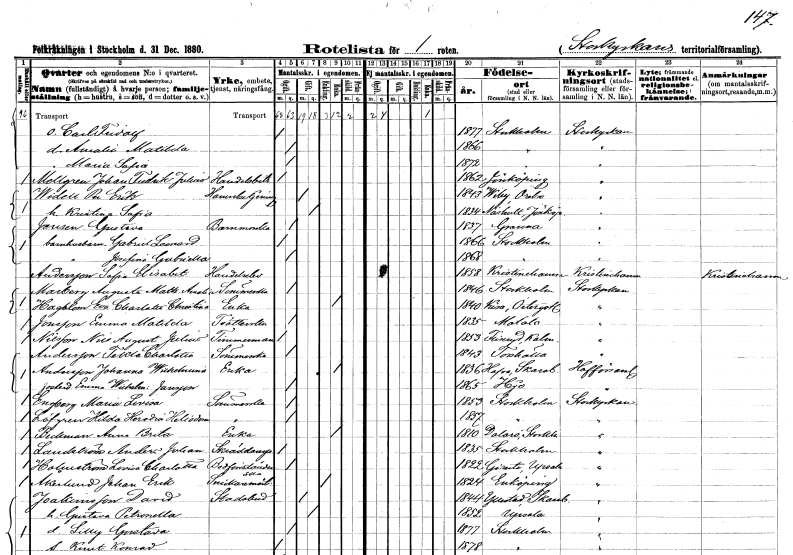
gt_parse: households: individuals: FN: Carl Fridolf
KON: M
CIV: O
FODAR: 1877
FODFORS: Stockholm
FN: Amalia Matilda
KON: K
CIV: O
FODAR: 1866
FODFORS: Stockholm
FN: Maria Sofia
KON: K
CIV: O
FODAR: 1872
FODFORS: Stockholm
FN: Johan Fredrik Julius
EN: Mellgren
YRKE: Handelsbiträde
KON: M
CIV: O
FODAR: 1862
FODFORS: Jönköping Jönköpings län
FN: Per Erik
EN: Widell
YRKE: Hamnbetjänt
KON: M
CIV: G
FODAR: 1843
FODFORS: Viby Örebro län
FN: Kristina Sofia
KON: K
CIV: G
FODAR: 1834
FODFORS: Näshult Jönköpings län
FN: Gustava
EN: Jensen
YRKE: Barnmorska
KON: K
CIV: O
FODAR: 1837
FODFORS: Gränna Jönköpings län
FN: Gabriel Leonard
YRKE: Barnhusbarn
KON: M
CIV: O
FODAR: 1866
FODFORS: Stockholm
FN: Josefina Gabriella
YRKE: Barnhusbarn
KON: K
CIV: O
FODAR: 1868
FODFORS: Stockholm
FN: Sofia Elisabet
EN: Andersson
YRKE: Handelselev
KON: K
CIV: O
FODAR: 1858
FODFORS: Kristinehamn Värmlands län
FN: Augusta Mathilda Amalia
EN: Marberg
YRKE: Sömmerska
KON: K
CIV: O
FODAR: 1846
FODFORS: Stockholm
FN: Charlotta Christina
EN: Hagblom
YRKE: Änka
KON: K
CIV: E
FODAR: 1840
FODFORS: Kisa Östergötlands län
FN: Emma Matilda
EN: Jonsson
YRKE: Tvätterska
KON: K
CIV: O
FODAR: 1835
FODFORS: Motala Östergötlands län
FN: Nils August Julius
EN: Nilsson
YRKE: Timmerman
KON: M
CIV: O
FODAR: 1853
FODFORS: Fliseryd Kalmar län
FN: Tilda Charlotta
EN: Andersson
YRKE: Sömmerska
KON: K
CIV: O
FODAR: 1843
FODFORS: Torshälla Södermanlands län
FN: Johanna Wilhelmina
EN: Andersson
YRKE: Änka
KON: K
CIV: E
FODAR: 1836
FODFORS: Hova Skaraborgs län
FN: Wilhelmina
EN: Jansson
KON: K
CIV: O
FODAR: 1865
FODFORS: Hjo Skaraborgs län
FN: Maria Lovisa
EN: Engberg
YRKE: Sömmerska
KON: K
CIV: O
FODAR: 1853
FODFORS: Stockholm
FN: Hilda Herodia Helisdora
EN: Löfgren
YRKE: Sömmerska
KON: K
CIV: O
FODAR: 1857
FODFORS: Stockholm
FN: Anna Brita
EN: Beckman
YRKE: Änka
KON: K
CIV: E
FODAR: 1810
FODFORS: Dalarö Stockholms län
FN: Anders Johan
EN: Landström
YRKE: Skräddaregesäll
KON: M
CIV: O
FODAR: 1835
FODFORS: Stockholm
FN: Lovisa Charlotta
EN: Holmström
YRKE: Bodförestånderska
KON: K
CIV: O
FODAR: 1822
FODFORS: Giresta Uppsala län
FN: Johan Erik
EN: Åkerlund
YRKE: Snickaremästare
KON: M
CIV: E
FODAR: 1824
FODFORS: Enköping Uppsala län